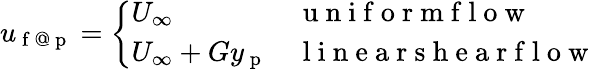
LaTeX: u_{\mathrm{~f~@~p~}}=\left\{ \begin{array}{ll}{U_{\infty}}&{\mathrm{~u~n~i~f~o~r~m~f~l~o~w~}}\\ {U_{\infty}+Gy_{\mathrm{~p~}}}&{\mathrm{~l~i~n~e~a~r~s~h~e~a~r~f~l~o~w~}}\end{array}\right.